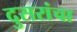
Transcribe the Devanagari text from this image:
दुसरांचा